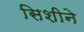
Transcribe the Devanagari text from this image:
सिशीने